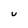
Character: U